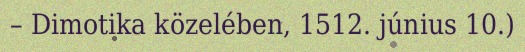
– Dimotika közelében, 1512. június 10.)